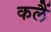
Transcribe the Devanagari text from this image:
कलैं